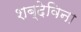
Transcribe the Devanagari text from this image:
शब्देविना